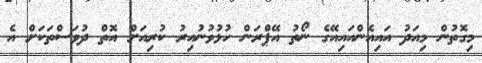
މިގޮތުން މިއަދު އައިއެންއައިއޭގެ ނޯތު އޭޕްރަން ހުޅުވުނުއިރު ކުރިއަށް އޮތް ދުވަސްތަކަށް އެ